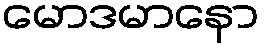
မောဒမာနော